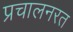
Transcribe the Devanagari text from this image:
प्रचालनरत